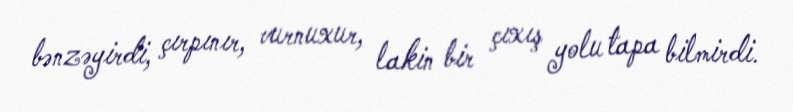
bənzəyirdi, çırpınır, vurnuxur, lakin bir çıxış yolu tapa bilmirdi.